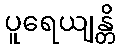
ပူရေယျန္တိ